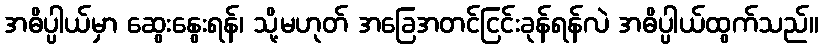
အဓိပ္ပါယ်မှာ ဆွေးနွေးရန်၊ သို့မဟုတ် အခြေအတင်ငြင်းခုန်ရန်လဲ အဓိပ္ပါယ်ထွက်သည်။